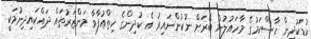
ކުޑަކުދިން ހާސްކަމުގެ މާހައުލުން ބޭރަށް ނުކުންނައިރު އެ ކުދިންގެ ހިތްއުފާވާ މަންްޒަރުތައް ދައްކައިދިނުމަކީ